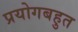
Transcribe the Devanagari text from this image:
प्रयोगबहुत